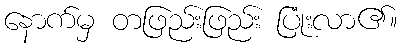
နောက်မှ တဖြည်းဖြည်း ပြုံးလာ၏။